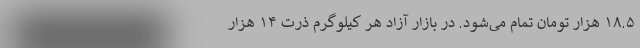
۱۸.۵ هزار تومان تمام می‌شود. در بازار آزاد هر کیلوگرم ذرت ۱۴ هزار